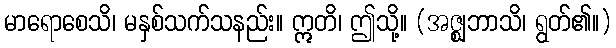
မာရောစေသိ၊ မနှစ်သက်သနည်း။ ဣတိ၊ ဤသို့။ (အဇ္ဈဘာသိ၊ ရွတ်၏။)